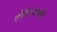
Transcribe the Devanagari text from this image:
तोशियाकी